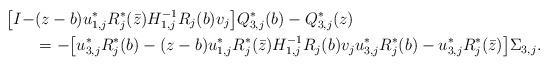
LaTeX: \begin{align*} \big[ I- & (z-b) u_{1,j}^*R_j^*(\bar z)H_{1,j}^{-1}R_j(b)v_j \big] Q_{3,j}^{*}(b)-Q_{3,j}^{*}(z)\\ &= - \big[ u_{3,j}^*R_j^*(b) - (z-b)u_{1,j}^*R_j^*(\bar z)H_{1,j}^{-1}R_j(b)v_j u_{3,j}^*R_j^*(b) -u_{3,j}^*R_j^*(\bar z) \big] \Sigma_{3,j}. \end{align*}